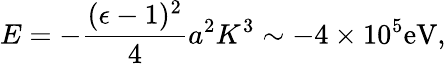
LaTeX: E=-{\frac{(\epsilon-1)^{2}}{4}}a^{2}K^{3}\sim-4\times 10^{5}\mathrm{eV},